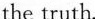
the truth.